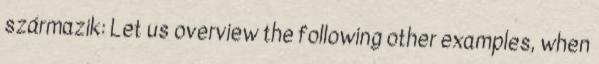
származik: Let us overview the following other examples, when